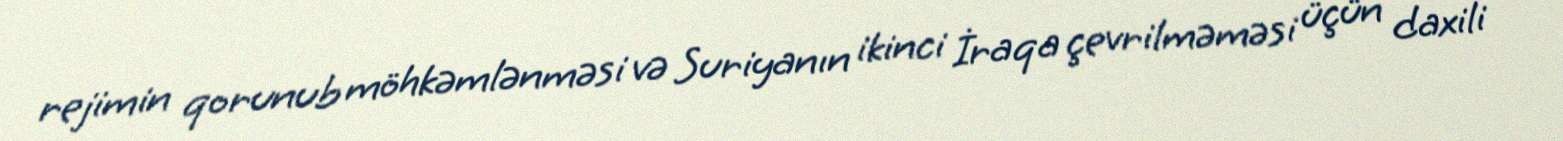
rejimin qorunub möhkəmlənməsi və Suriyanın ikinci İraqa çevrilməməsi üçün daxili